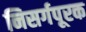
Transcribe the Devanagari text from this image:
निसर्गपूरक